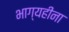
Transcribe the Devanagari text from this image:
भाग्यहीना